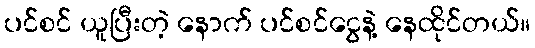
ပင်စင် ယူပြီးတဲ့ နောက် ပင်စင်ငွေနဲ့ နေထိုင်တယ်။